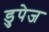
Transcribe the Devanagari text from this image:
डुपेज